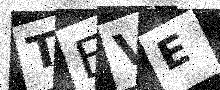
Text: TEVE